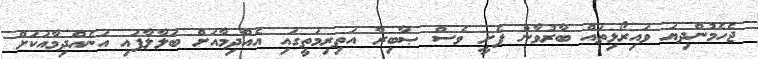
ޖެހެމުންދިޔަ ވައިރޯޅިތައް ބާރުވާން ފެށީ ވެސް ޞާބިރާ އަތިރިމަތީގައި އެއްދިމާއަށް ބަލާލާފައި އަނެއްދިމާއަކަށް